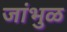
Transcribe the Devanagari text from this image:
जांभुळ